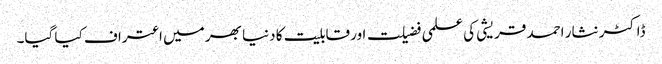
ڈاکٹر نثار احمد قریشی کی علمی فضیلت اور قابلیت کا دنیا بھر میں اعتراف کیا گیا۔